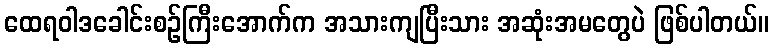
ထေရဝါဒခေါင်းစဉ်ကြီးအောက်က အသားကျပြီးသား အဆုံးအမတွေပဲ ဖြစ်ပါတယ်။